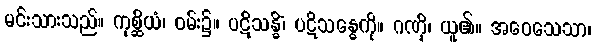
မင်းသားသည်။ ကုစ္ဆိယံ၊ ဝမ်း၌။ ပဋိသန္ဓိံ၊ ပဋိသန္ဓေကို။ ဂဏှိ၊ ယူ၏။ အဝေသေသာ၊